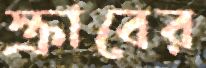
স্ক্রাবের